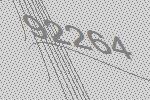
92264